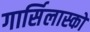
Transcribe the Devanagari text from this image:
गार्सिलास्को